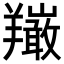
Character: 𦏦